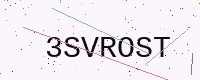
Text: 3SVROST